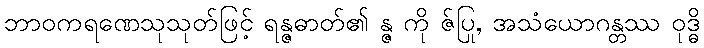
ဘာဝကရဏေသုသုတ်ဖြင့် ရန္ဇဓာတ်၏ န္ဇ ကို ဇ်ပြု, အသံယောဂန္တဿ ဝုဒ္ဓိ